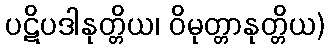
ပဋိပဒါနုတ္တိယ၊ ဝိမုတ္တာနုတ္တိယ)